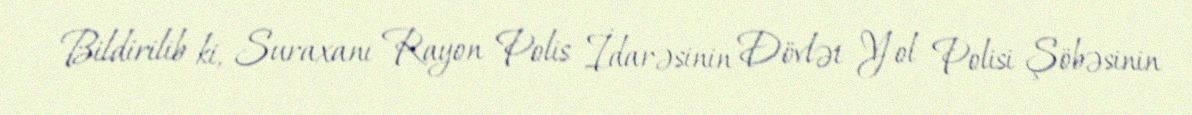
Bildirilib ki, Suraxanı Rayon Polis İdarəsinin Dövlət Yol Polisi Şöbəsinin